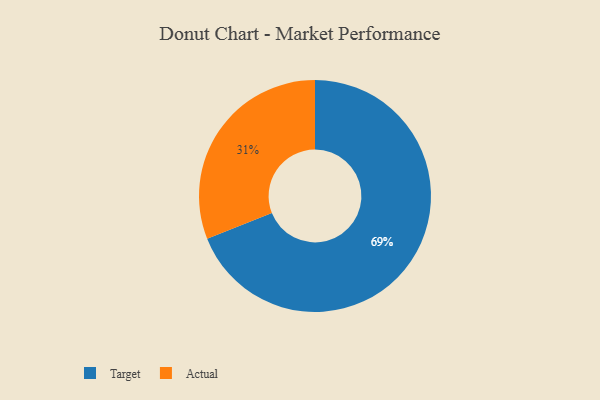
{"axis": {"x": "Category", "y": "Percentage"}, "legend": ["Actual", "Target"], "data": [{"x": "Target", "y": 69, "type": "Target"}, {"x": "Actual", "y": 31, "type": "Actual"}]}